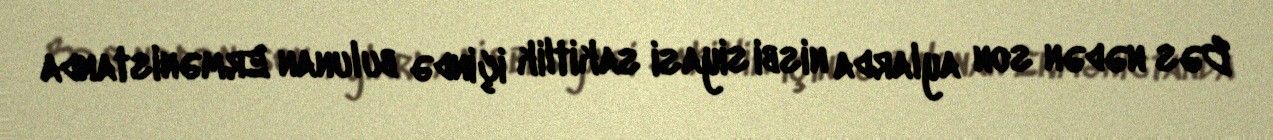
Bəs nədən son aylarda nisbi siyasi sakitlik içində bulunan Ermənistanda